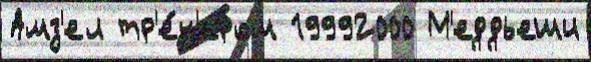
Амз'ел тр'е́н'ером 19992000 М'еддьеши